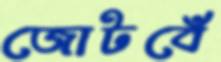
জোটবেঁ